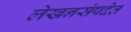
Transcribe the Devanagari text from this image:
लेखनसंपदेत